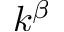
k ^ { \beta }